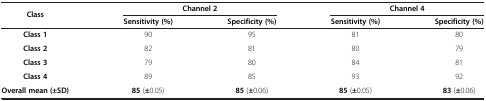
| <ROWSPAN=2> Class | <COLSPAN=2> Channel 2 | <COLSPAN=2> Channel 4 |
 | Sensitivity (%) | Specificity (%) | Sensitivity (%) | Specificity (%) |
 | --- | --- | --- | --- | --- |
 | Class 1 | 90 | 95 | 81 | 80 |
 | Class 2 | 82 | 81 | 80 | 79 |
 | Class 3 | 79 | 80 | 84 | 81 |
 | Class 4 | 89 | 85 | 93 | 92 |
 | Overall mean (±SD) | 85 (±0.05) | 85 (±0.06) | 85 (±0.05) | 83 (±0.06) |